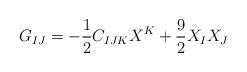
LaTeX: \begin{align*}G_{IJ}=-{1\over2} C_{IJK}X^K+{9\over2}X_I X_J\end{align*}